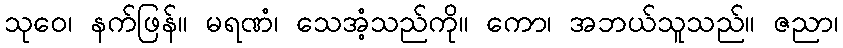
သုဝေ၊ နက်ဖြန်။ မရဏံ၊ သေအံ့သည်ကို။ ကော၊ အဘယ်သူသည်။ ဇညာ၊